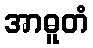
အာဓူတံ